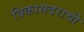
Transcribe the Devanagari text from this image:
विकासदराची